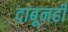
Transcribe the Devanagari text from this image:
दाबूनही